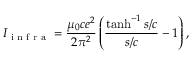
I _ { \textrm { i n f r a } } = \frac { \mu _ { 0 } c e ^ { 2 } } { 2 \pi ^ { 2 } } \left( \frac { \operatorname { t a n h } ^ { - 1 } s / c } { s / c } - 1 \right) ,